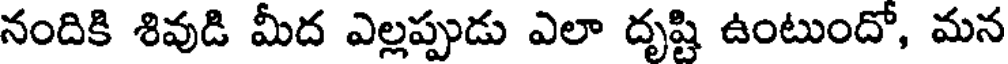
నందికి శివుడి మీద ఎల్లప్పుడు ఎలా దృష్టి ఉంటుందో, మన